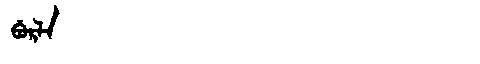
Manchu: ᠪᡠᡵᠯᠠ
Romanization: BURLA